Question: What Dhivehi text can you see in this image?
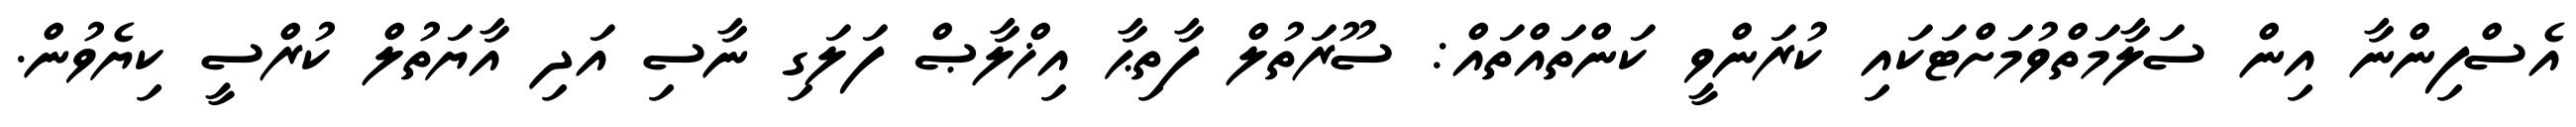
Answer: އެސްފިންނާ އިން ސަލާމަތްވުމަށްޓަކައި ކުރަންވީ ކަންތައްތައް: ސޫރަތުލް ފާތިޙާ އިޚްލާޞް ފަލަގި ނާސި އަދި އާޔަތުލް ކުރްސީ ކިޔެވުން.